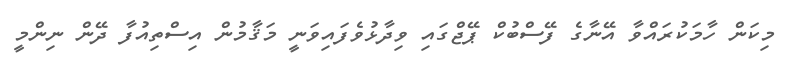
މިކަން ހާމަކުރައްވާ އޭނާގެ ފޭސްބުކް ޕޭޖްގައި ވިދާޅުވެފައިވަނީ މަޤާމުން އިސްތިއުފާ ދޭން ނިންމީ